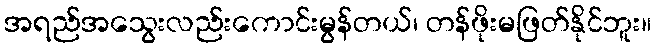
အရည်အသွေးလည်းကောင်းမွန်တယ်၊ တန်ဖိုးမဖြတ်နိုင်ဘူး။